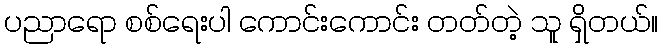
ပညာရော စစ်ရေးပါ ကောင်းကောင်း တတ်တဲ့ သူ ရှိတယ်။